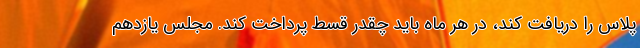
پلاس را دریافت کند، در هر ماه باید چقدر قسط پرداخت کند. مجلس یازدهم